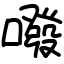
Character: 㗶